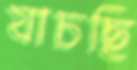
যাচছি